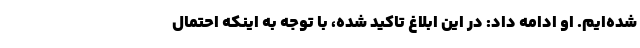
شده‌ایم. او ادامه داد: در این ابلاغ تاکید شده، با توجه به اینکه احتمال